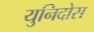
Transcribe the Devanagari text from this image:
युनिदोस